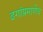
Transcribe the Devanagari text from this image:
ढगांप्रमाणेच